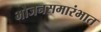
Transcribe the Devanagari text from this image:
भोजनसमारंभात